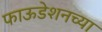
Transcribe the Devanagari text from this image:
फाऊडेशनच्या